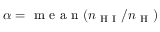
\alpha = \mathrm { ~ m ~ e ~ a ~ n ~ } ( n _ { \mathrm { ~ H ~ I ~ } } / n _ { \mathrm { ~ H ~ } } )